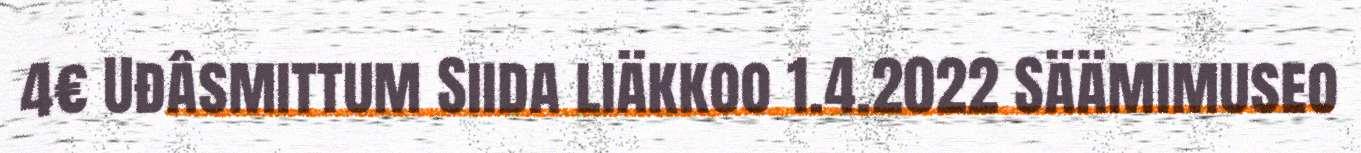
4€ Uđâsmittum Siida liäkkoo 1.4.2022 Säämimuseo